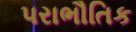
પરાભૌતિક